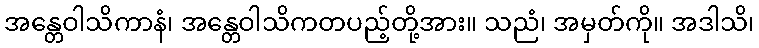
အန္တေဝါသိကာနံ၊ အန္တေဝါသိကတပည့်တို့အား။ သညံ၊ အမှတ်ကို။ အဒါသိ၊